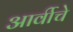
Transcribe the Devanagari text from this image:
आर्वीचे